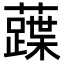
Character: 𧀢